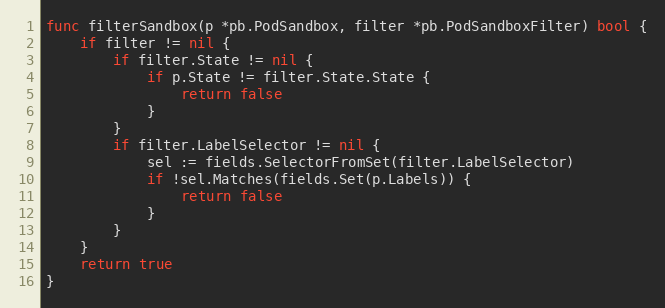
Language: Go
func filterSandbox(p *pb.PodSandbox, filter *pb.PodSandboxFilter) bool {
	if filter != nil {
		if filter.State != nil {
			if p.State != filter.State.State {
				return false
			}
		}
		if filter.LabelSelector != nil {
			sel := fields.SelectorFromSet(filter.LabelSelector)
			if !sel.Matches(fields.Set(p.Labels)) {
				return false
			}
		}
	}
	return true
}